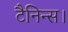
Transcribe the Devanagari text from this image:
टैनिन्स।